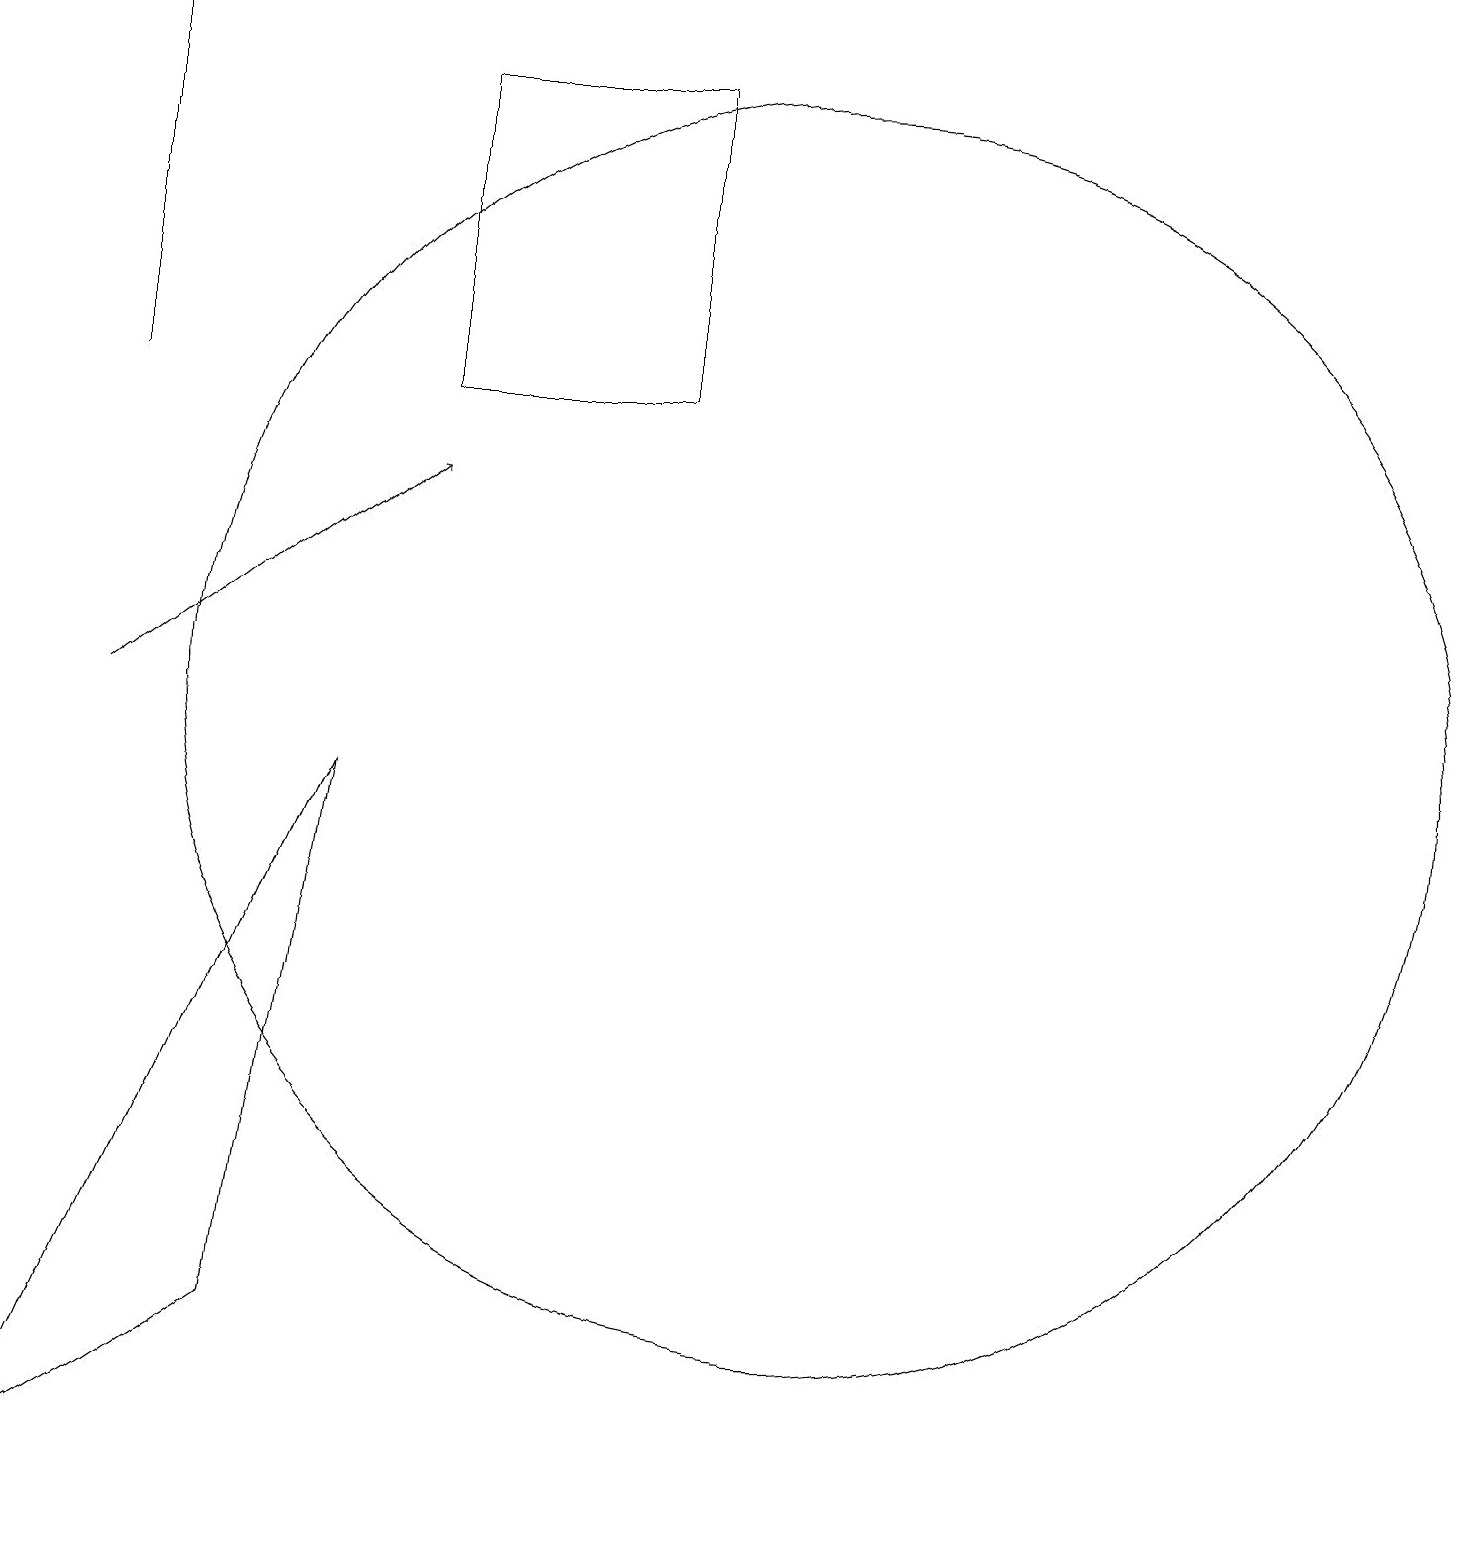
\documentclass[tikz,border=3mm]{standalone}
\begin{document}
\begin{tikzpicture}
\draw (8,18) rectangle (5,14);
\draw (4,9) -- (0,0) -- (3,2) -- cycle;
\draw (10,10) circle (8);
\draw (1,14) rectangle (1,19);
\draw[->] (1,10) -- (5,13);
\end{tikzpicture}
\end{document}